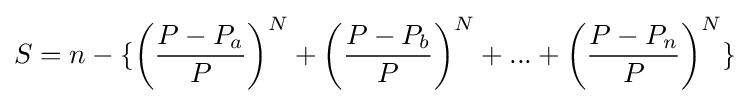
S=n-\{\left({\frac {P-P_{a}}{P}}\right)^{N}+\left({\frac {P-P_{b}}{P}}\right)^{N}+...+\left({\frac {P-P_{n}}{P}}\right)^{N}\}